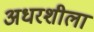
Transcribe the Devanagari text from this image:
अधरशीला